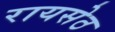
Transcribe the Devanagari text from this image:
रायसेठ